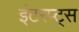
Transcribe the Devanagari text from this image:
इंटरप्ट्स